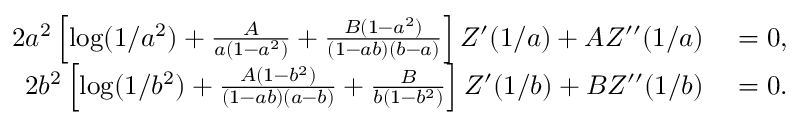
\begin{array} { r l } { 2 a ^ { 2 } \left[ \log ( 1 / a ^ { 2 } ) + { \frac { A } { a ( 1 - a ^ { 2 } ) } } + { \frac { B ( 1 - a ^ { 2 } ) } { ( 1 - a b ) ( b - a ) } } \right] Z ^ { \prime } ( 1 / a ) + A Z ^ { \prime \prime } ( 1 / a ) } & { { } = 0 , } \\ { 2 b ^ { 2 } \left[ \log ( 1 / b ^ { 2 } ) + { \frac { A ( 1 - b ^ { 2 } ) } { ( 1 - a b ) ( a - b ) } } + { \frac { B } { b ( 1 - b ^ { 2 } ) } } \right] Z ^ { \prime } ( 1 / b ) + B Z ^ { \prime \prime } ( 1 / b ) } & { { } = 0 . } \end{array}